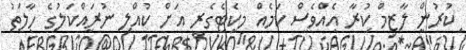
ކުރުން ލާޒިމް ކުރާ އެއްވެސް ކަމެއް މިކެޓެގެރީ އަށް ކުއްލި ނުރައްކަލުގެ ހާލަތު